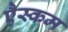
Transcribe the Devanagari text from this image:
एैस्कम